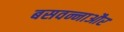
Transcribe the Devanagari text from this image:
बसवन्नाऔर